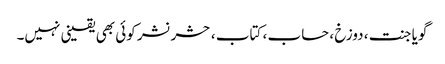
گویا جنت ، دوزخ ، حساب ، کتاب ، حشر نشر کوئی بھی یقینی نہیں۔